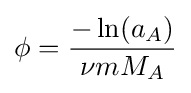
\phi ={\frac {-\ln(a_{A})}{\nu mM_{A}}}